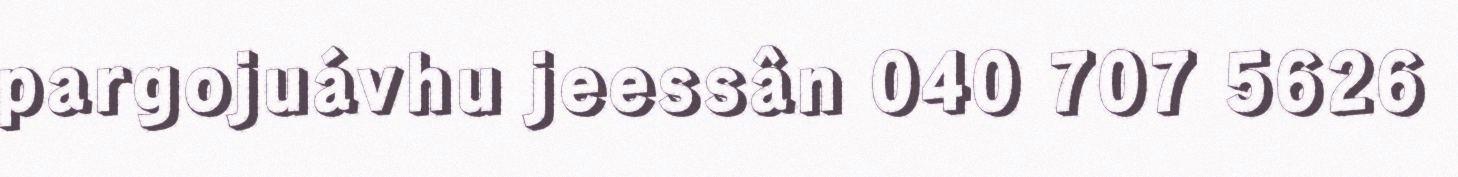
pargojuávhu jeessân 040 707 5626